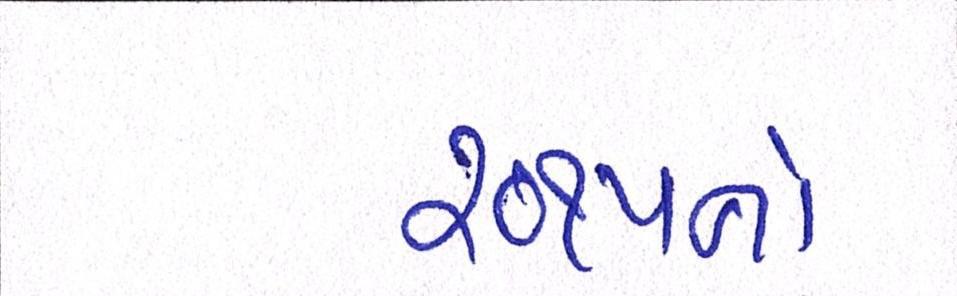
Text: ૨૦૧૫નો